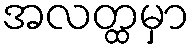
အလတ္ထမှာ